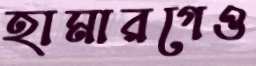
হামারগেও